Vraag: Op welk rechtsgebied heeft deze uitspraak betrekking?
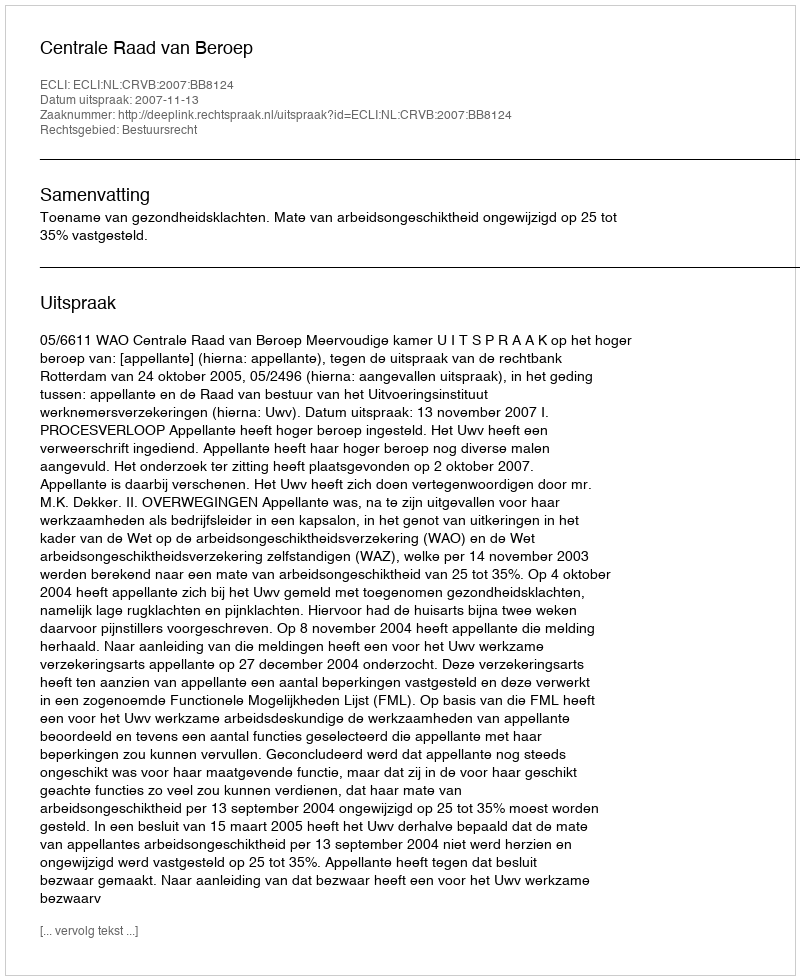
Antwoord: Bestuursrecht